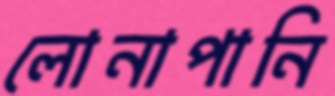
লোনাপানি